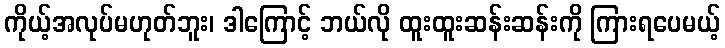
ကိုယ့်အလုပ်မဟုတ်ဘူး၊ ဒါကြောင့် ဘယ်လို ထူးထူးဆန်းဆန်းကို ကြားရပေမယ့်